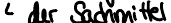
der Sachmittel